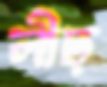
লীঢ়